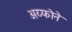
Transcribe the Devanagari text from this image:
अय्फोने